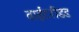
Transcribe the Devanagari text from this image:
वाईटरीडड